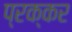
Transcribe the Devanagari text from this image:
प्रक्कर